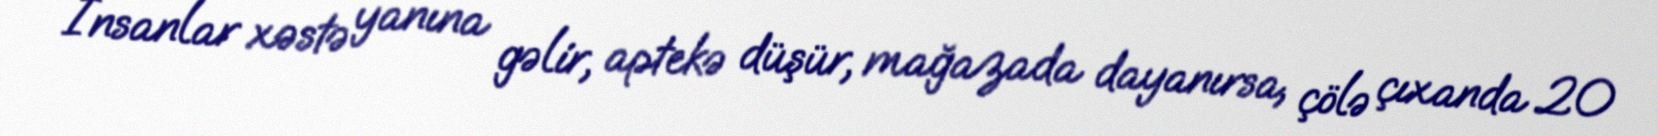
İnsanlar xəstə yanına gəlir, aptekə düşür, mağazada dayanırsa, çölə çıxanda 20